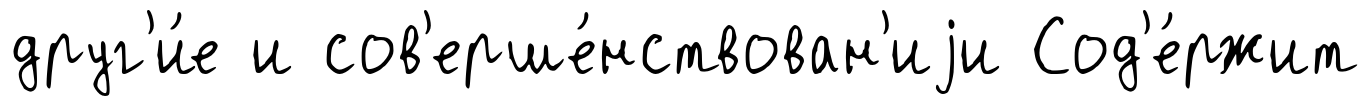
друг'и́е и сов'ерше́нствован'иjи Сод'е́ржит